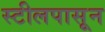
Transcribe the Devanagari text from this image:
स्टीलपासून